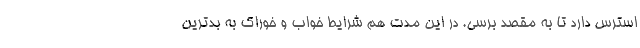
استرس دارد تا به مقصد برسی. در این مدت هم شرایط خواب و خوراک به بدترین